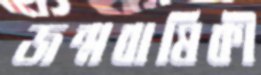
জন্মবাষিকী